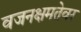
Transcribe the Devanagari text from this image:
वजनक्षमतेवर